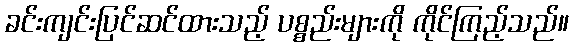
ခင်းကျင်းပြင်ဆင်ထားသည့် ပစ္စည်းများကို ကိုင်ကြည့်သည်။